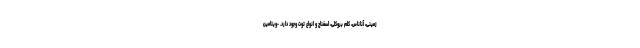
زمینی، آناناس، کلم بروکلی، اسفناج و انواع توت وجود دارد. -ویتامین